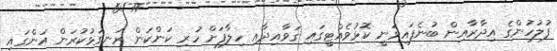
ފުލުހުންގެ އިދާރާއިން ބުނެފައިވަނީ ކޮޅުވެއްޓީގައި ޤަވާއިދާއި ހިލާފަށް ހުރި ކަންކަން ރަނގަޅުކުރަން އަންގައި